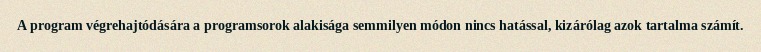
A program végrehajtódására a programsorok alakisága semmilyen módon nincs hatással, kizárólag azok tartalma számít.